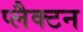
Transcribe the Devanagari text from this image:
प्लैक्टन